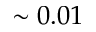
\sim 0 . 0 1